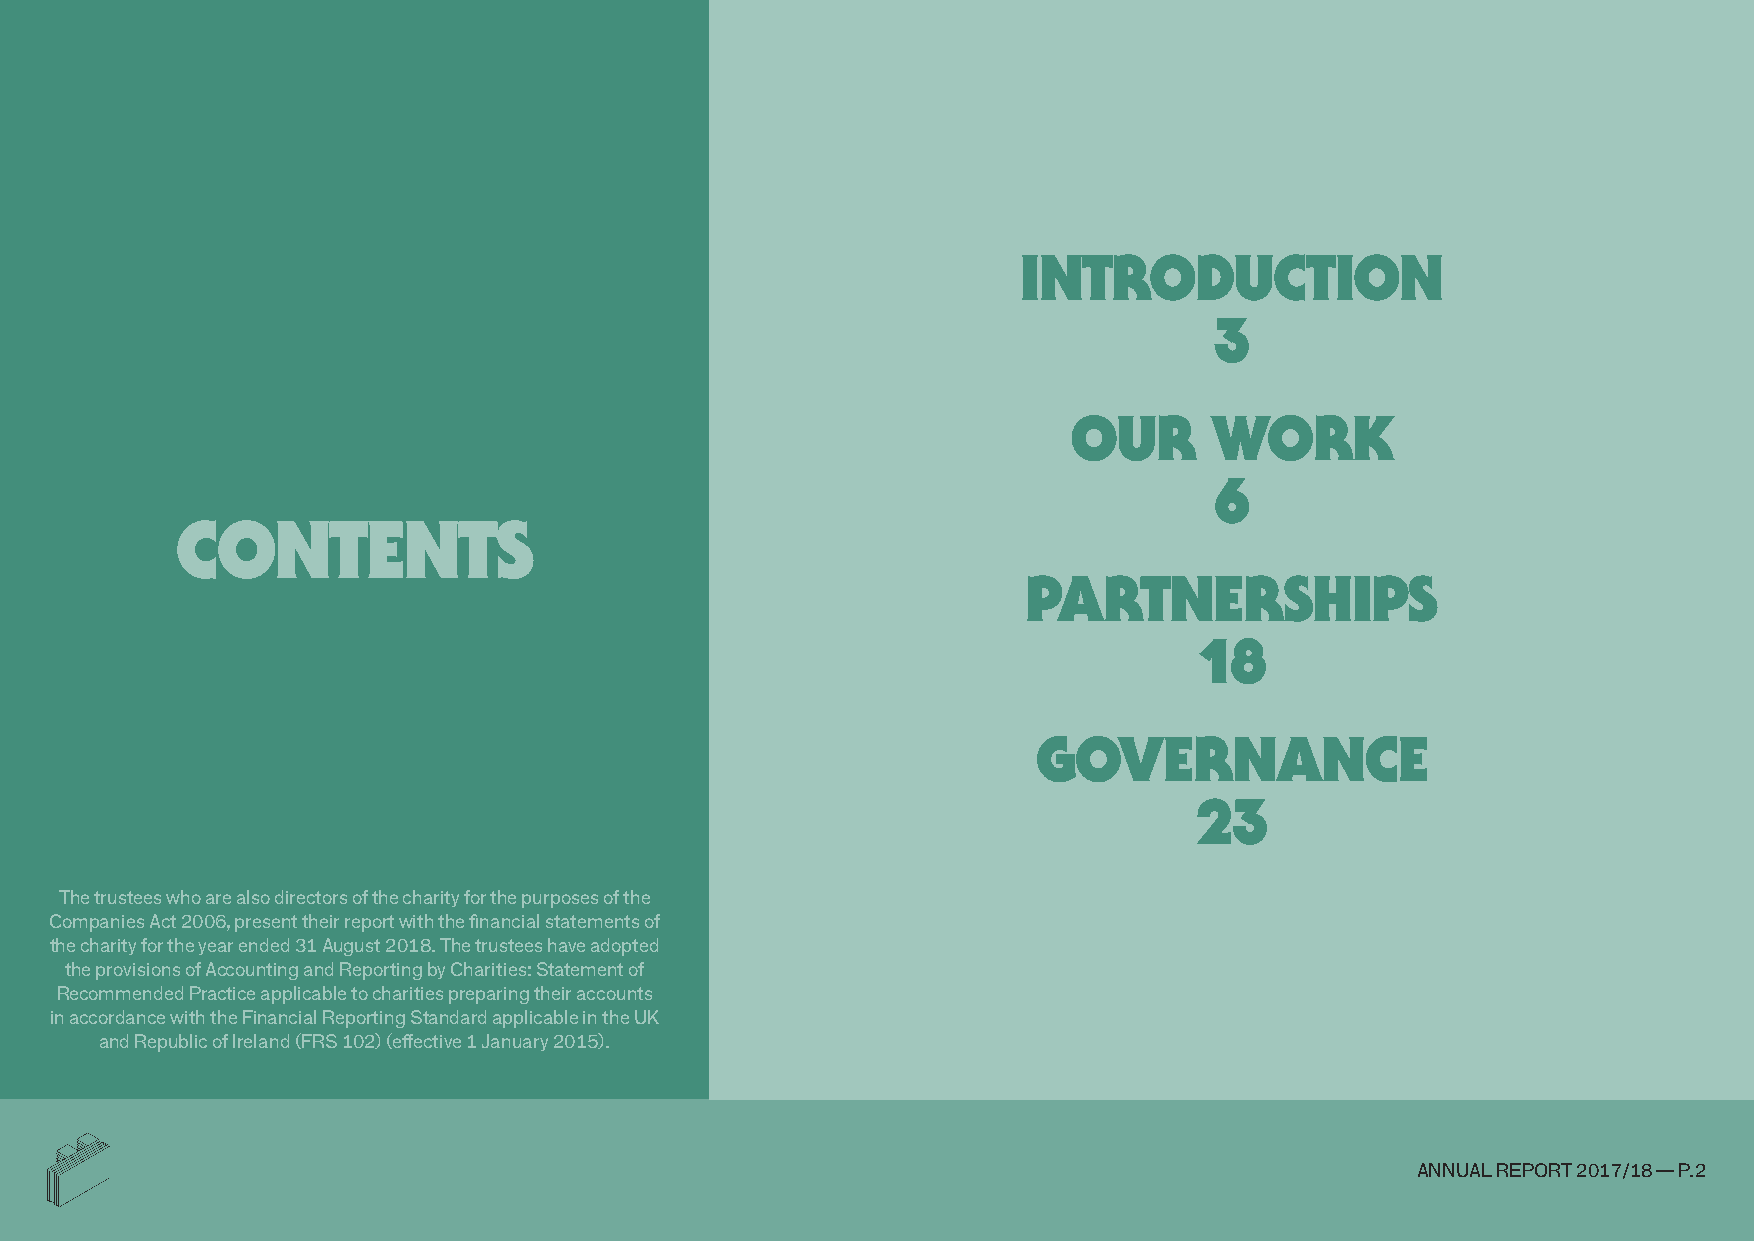
IntroductIon
 3
 our      work
 6
 contents
 partnershIps
 18
 Governance
 23
 the trustees who are also directors of the charity for the purposes of the
 Companies act 2006, present their report with the financial statements of
 the charity for the year ended 31 august 2018. the trustees have adopted
 the provisions of accounting and Reporting by Charities: statement of
 Recommended practice applicable to charities preparing their accounts
 in accordance with the financial Reporting standard applicable in the uK
 and Republic of Ireland (fRs 102) (effective 1 January 2015).
 annual RepoRt 2017/18 — p.2